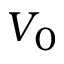
V _ { 0 }